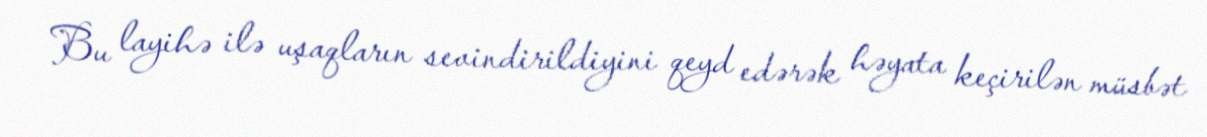
Bu layihə ilə uşaqların sevindirildiyini qeyd edərək həyata keçirilən müsbət